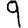
Digit: 9